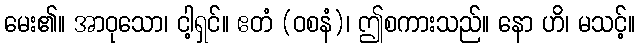
မေး၏။ အာဝုသော၊ ငါ့ရှင်။ ဧတံ (ဝစနံ)၊ ဤစကားသည်။ နော ဟိ၊ မသင့်။